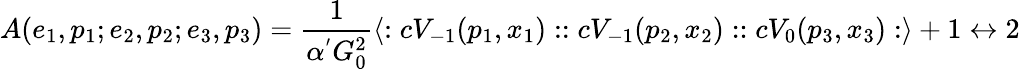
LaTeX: A(e_{1},p_{1};e_{2},p_{2};e_{3},p_{3})=\frac{1}{\alpha^{'}G_{0}^{2}}\langle:cV_{-1}(p_{1},x_{1})::cV_{-1}(p_{2},x_{2})::cV_{0}(p_{3},x_{3}):\rangle+1\leftrightarrow 2